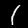
Label: 1